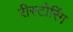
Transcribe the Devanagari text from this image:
रीस्टोरिंग